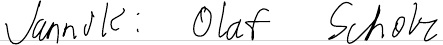
Jannik: Olaf Scholz